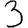
Digit: 3